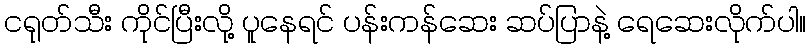
ငရုတ်သီး ကိုင်ပြီးလို့ ပူနေရင် ပန်းကန်ဆေး ဆပ်ပြာနဲ့ ရေဆေးလိုက်ပါ။